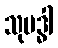
သုဗဒ္ဓါ